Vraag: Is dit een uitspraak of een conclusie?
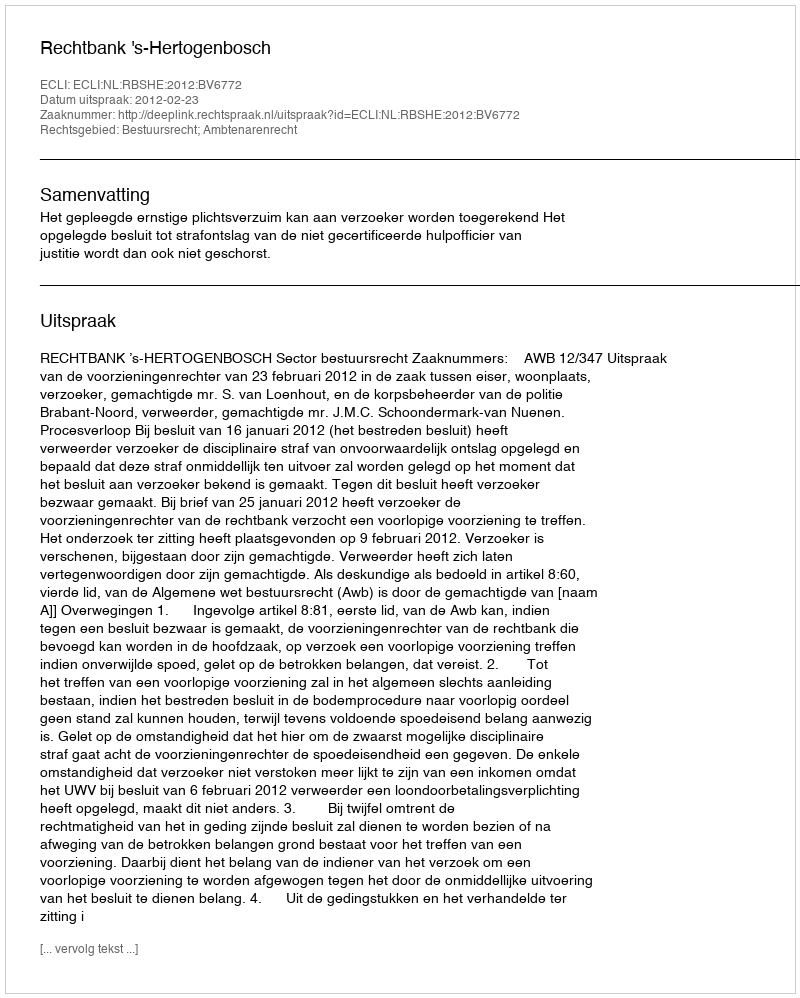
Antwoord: Uitspraak